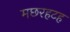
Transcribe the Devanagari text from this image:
मछरहटह